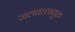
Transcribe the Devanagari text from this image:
जलतत्त्वयुक्त